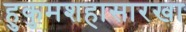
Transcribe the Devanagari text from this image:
हुकुमशहासारखा